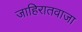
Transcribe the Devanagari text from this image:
जाहिरातवाजा